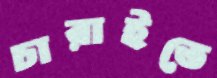
চারাইতে